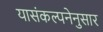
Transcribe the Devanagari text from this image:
यासंकल्पनेनुसार